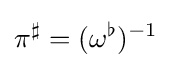
\pi ^{\sharp }=(\omega ^{\flat })^{-1}